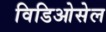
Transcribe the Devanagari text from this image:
विडिओसेल